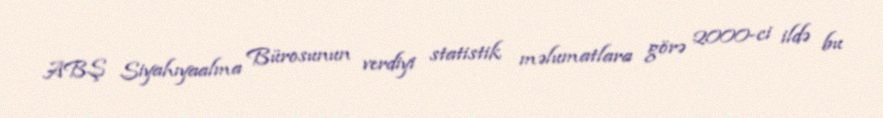
ABŞ Siyahıyaalma Bürosunun verdiyi statistik məlumatlara görə 2000-ci ildə bu